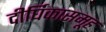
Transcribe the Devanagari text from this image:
दीर्घिकासमूह